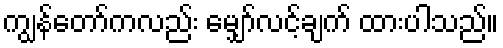
ကျွန်တော်ကလည်း မျှော်လင့်ချက် ထားပါသည်။